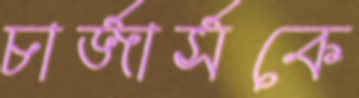
চার্জার্সকে